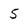
Character: 5